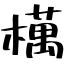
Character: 𣜜